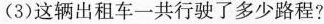
(3)这辆出租车一共行驶了多少路程?